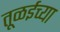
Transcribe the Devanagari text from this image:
तूळईच्या